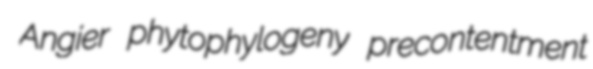
Angier phytophylogeny precontentment